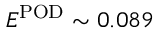
E ^ { \mathrm { P O D } } \sim 0 . 0 8 9